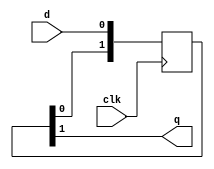
module altera_tse_xcvr_resync #(
    parameter SYNC_CHAIN_LENGTH = 2,  
    parameter WIDTH             = 1,  
    parameter SLOW_CLOCK        = 0   
  ) (
  input   wire              clk,
  input   wire  [WIDTH-1:0] d,
  output  wire  [WIDTH-1:0] q
  );
localparam  INT_LEN   = (SYNC_CHAIN_LENGTH > 0) ? SYNC_CHAIN_LENGTH : 1;
genvar ig;
generate begin
  for(ig=0;ig<WIDTH;ig=ig+1) begin : resync_chains
    wire                d_in;   
    reg   [INT_LEN-1:0] r = {INT_LEN{1'b0}};
    wire  [INT_LEN  :0] next_r; 
    assign  q[ig]   = r[INT_LEN-1]; 
    assign  next_r  = {r,d_in};
    always @(posedge clk)
      r <= next_r[INT_LEN-1:0];
    if(SLOW_CLOCK == 0) begin
      assign  d_in = d[ig];
    end else begin
      wire  d_clk;
      reg   d_r;
      wire  clr_n;
      assign  d_clk = d[ig];
      assign  d_in  = d_r;
      assign  clr_n = ~q[ig] | d_clk; 
      always @(posedge d_clk or negedge clr_n)
        if(!clr_n)      d_r <= 1'b0;
        else if(d_clk)  d_r <= 1'b1;
    end 
  end 
end 
endgenerate
endmodule